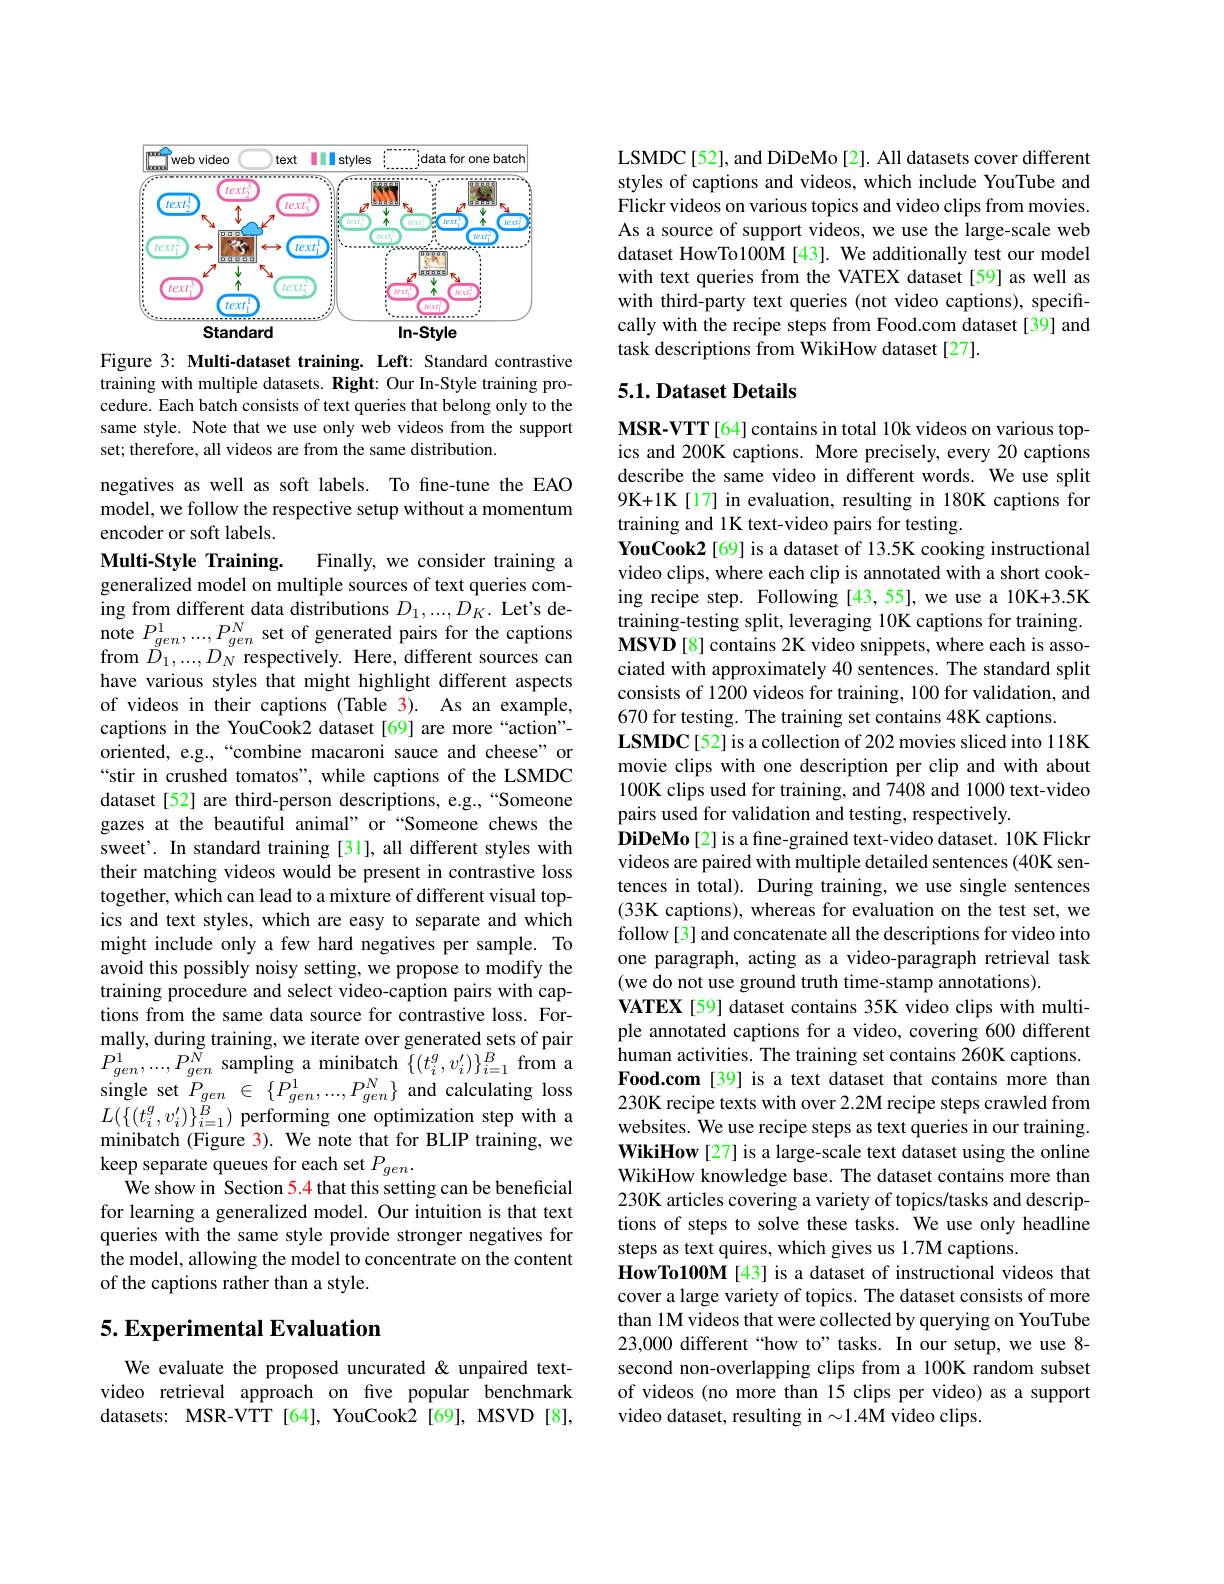
<FigureHere>

Figure 3: Multi-dataset training. Left: Standard contrastive training with multiple datasets. Right: Our In-Style training procedure. Each batch consists of text queries that belong only to the same style. Note that we use only web videos from the support set; therefore, all videos are from the same distribution.

negatives as well as soft labels. To fine-tune the EAO model, we follow the respective setup without a momentum encoder or soft labels.

Multi-Style Training.
Finally, we consider training a
generalized model on multiple sources of text queries coming from different data distributions $D_1,...,D_K.$ Let's denote $P_{gen}^{1},...,P_{gen}^{N}$ set of generated pairs for the captions from $\tilde{D}_{1},...,D_{N}$ respectively. Here, different sources can have various styles that might highlight different aspects of videos in their captions (Table 3). As an example, captions in the YouCook2 dataset[69] are more“action”- oriented, e.g.,“combine macaroni sauce and cheese" or “stir in crushed tomatos", while captions of the LSMDC dataset[52] are third-person descriptions, e.g.,“Someone gazes at the beautiful animal" or“Someone chews the sweet'. In standard training [31], all different styles with their matching videos would be present in contrastive loss together, which can lead to a mixture of different visual topics and text styles, which are easy to separate and which might include only a few hard negatives per sample. To avoid this possibly noisy setting, we propose to modify the training procedure and select video-caption pairs with captions from the same data source for contrastive loss. Formally, during training, we iterate over generated sets of pair $P_{gen}^{1}, . . . , P_{gen}^{N}$ sampling a minibatch $\{ ( t_{i}^{g}, v_{i}^{\prime }) \} _{i= 1}^{B}$ from a single set $P_{gen}^{1}\in \left \{ P_{gen}^{1}, . . . , P_{gen}^{N}\right \}$ and calculating loss $Y((a,a,a))B$ $L(\{(t_{i}^{g},v_{i}^{\prime})\}_{i=1}^{B})$ performing one optimization step with a minibatch (Figure 3). We note that for BLIP training, we keep separate queues for each set $P_{gen}.$
We show in Section 5.4 that this setting can be beneficial for learning a generalized model. Our intuition is that text queries with the same style provide stronger negatives for the model, allowing the model to concentrate on the content of the captions rather than a style.

# 5. Experimental Evaluation

We evaluate the proposed uncurated &unpaired textvideo retrieval approach on five popular benchmark datasets: MSR-VTT [64], YouCook2 [69], MSVD [8],

LSMDC[52], and DiDeMo[2]. All datasets cover different styles of captions and videos, which include YouTube and Flickr videos on various topics and video clips from movies. As a source of support videos, we use the large-scale web dataset HowTo100M[43]. We additionally test our model with text queries from the VATEX dataset [59] as well as with third-party text queries (not video captions), specifically with the recipe steps from Food.com dataset [39] and task descriptions from WikiHow dataset [27].

### 5.1. Dataset Details

MSR-VTT[64] contains in total 10k videos on various topics and 200K captions. More precisely, every 20 captions describe the same video in different words. We use split 9K+1K[17] in evaluation, resulting in 180K captions for training and 1K text-video pairs for testing.
YouCook2 [69] is a dataset of 13.5K cooking instructional video clips, where each clip is annotated with a short cooking recipe step. Following [43,55], we use a 10K+3.5K training-testing split, leveraging 10K captions for training. MSVD[8] contains 2K video snippets, where each is associated with approximately 40 sentences. The standard split consists of 1200 videos for training, 100 for validation, and 670 for testing. The training set contains 48K captions.
LSMDC[52]is a collection of 202 movies sliced into 118K movie clips with one description per clip and with about 100K clips used for training, and 7408 and 1000 text-video pairs used for validation and testing, respectively.
DiDeMo[2] is a fine-grained text-video dataset. 10K Flickr videos are paired with multiple detailed sentences (40K sentences in total). During training, we use single sentences (33K captions), whereas for evaluation on the test set, we follow [3] and concatenate all the descriptions for video into one paragraph, acting as a video-paragraph retrieval task (we do not use ground truth time-stamp annotations).
VATEX[59] dataset contains 35K video clips with multiple annotated captions for a video, covering 600 different human activities. The training set contains 260K captions. Food.com [39] is a text dataset that contains more than 230K recipe texts with over 2.2M recipe steps crawled from websites. $\hat{\text{We use recipe steps as text queries in our training}}.$ WikiHow [27] is a large-scale text dataset using the online WikiHow knowledge base. The dataset contains more than 230K articles covering a variety of topics/tasks and descriptions of steps to solve these tasks. We use only headline steps as text quires, which gives us 1.7M captions.
HowTo100M [43] is a dataset of instructional videos that cover a large variety of topics. The dataset consists of more than 1M videos that were collected by querying on YouTube 23,000 different “how to” tasks. In our setup, we use 8- second non-overlapping clips from a 100K random subset of videos (no more than 15 clips per video) as a support video dataset, resulting in $\sim1.4$M video clips.